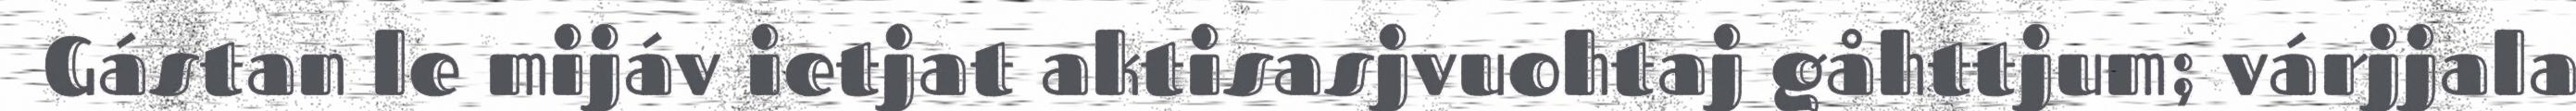
Gástan le mijáv ietjat aktisasjvuohtaj gåhttjum; várjjala